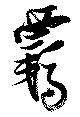
覊